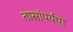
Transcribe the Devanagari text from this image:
तासांपर्यंचा